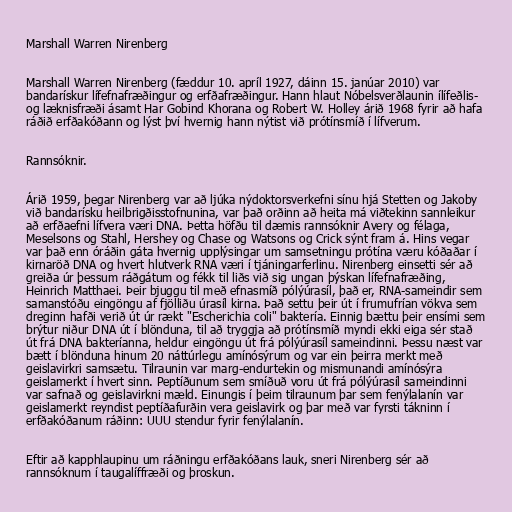
Marshall Warren Nirenberg

Marshall Warren Nirenberg (fæddur 10. apríl 1927, dáinn 15. janúar 2010) var
bandarískur lífefnafræðingur og erfðafræðingur. Hann hlaut Nóbelsverðlaunin ílífeðlis-
og læknisfræði ásamt Har Gobind Khorana og Robert W. Holley árið 1968 fyrir að hafa
ráðið erfðakóðann og lýst því hvernig hann nýtist við prótínsmíð í lífverum.

Rannsóknir.

Árið 1959, þegar Nirenberg var að ljúka nýdoktorsverkefni sínu hjá Stetten og Jakoby
við bandarísku heilbrigðisstofnunina, var það orðinn að heita má viðtekinn sannleikur
að erfðaefni lífvera væri DNA. Þetta höfðu til dæmis rannsóknir Avery og félaga,
Meselsons og Stahl, Hershey og Chase og Watsons og Crick sýnt fram á. Hins vegar
var það enn óráðin gáta hvernig upplýsingar um samsetningu prótína væru kóðaðar í
kirnaröð DNA og hvert hlutverk RNA væri í tjáningarferlinu. Nirenberg einsetti sér að
greiða úr þessum ráðgátum og fékk til liðs við sig ungan þýskan lífefnafræðing,
Heinrich Matthaei. Þeir bjuggu til með efnasmíð pólýúrasíl, það er, RNA-sameindir sem
samanstóðu eingöngu af fjölliðu úrasíl kirna. Það settu þeir út í frumufrían vökva sem
dreginn hafði verið út úr rækt "Escherichia coli" baktería. Einnig bættu þeir ensími sem
brýtur niður DNA út í blönduna, til að tryggja að prótínsmíð myndi ekki eiga sér stað
út frá DNA bakteríanna, heldur eingöngu út frá pólýúrasíl sameindinni. Þessu næst var
bætt í blönduna hinum 20 náttúrlegu amínósýrum og var ein þeirra merkt með
geislavirkri samsætu. Tilraunin var marg-endurtekin og mismunandi amínósýra
geislamerkt í hvert sinn. Peptíðunum sem smíðuð voru út frá pólýúrasíl sameindinni
var safnað og geislavirkni mæld. Einungis í þeim tilraunum þar sem fenýlalanín var
geislamerkt reyndist peptíðafurðin vera geislavirk og þar með var fyrsti tákninn í
erfðakóðanum ráðinn: UUU stendur fyrir fenýlalanín.

Eftir að kapphlaupinu um ráðningu erfðakóðans lauk, sneri Nirenberg sér að
rannsóknum í taugalíffræði og þroskun.